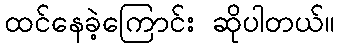
ထင်နေခဲ့ကြောင်း ဆိုပါတယ်။